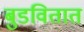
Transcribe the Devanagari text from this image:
बुडवितात